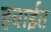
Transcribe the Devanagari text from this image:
हवाईत